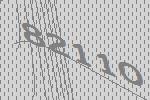
82110